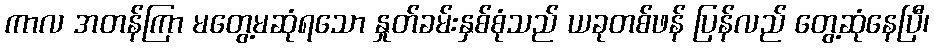
ကာလ အတန်ကြာ မတွေ့မဆုံရသော နှုတ်ခမ်းနှစ်စုံသည် ယခုတစ်ဖန် ပြန်လည် တွေ့ဆုံနေပြီ၊